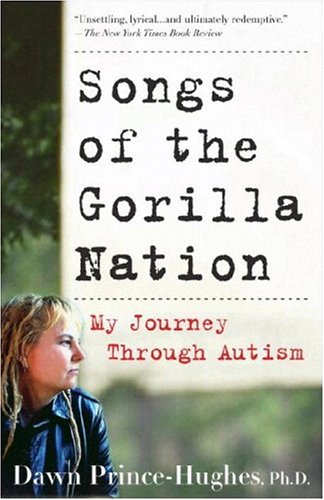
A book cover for Songs of the Gorilla Nation: My Journey Through Autism; Dawn Prince-Hughes Ph.D.; Health, Fitness & Dieting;